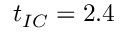
t _ { I C } = 2 . 4